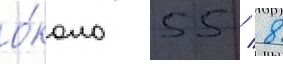
о́коло 55 / 8